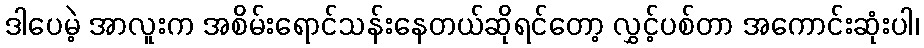
ဒါပေမဲ့ အာလူးက အစိမ်းရောင်သန်းနေတယ်ဆိုရင်တော့ လွှင့်ပစ်တာ အကောင်းဆုံးပါ၊